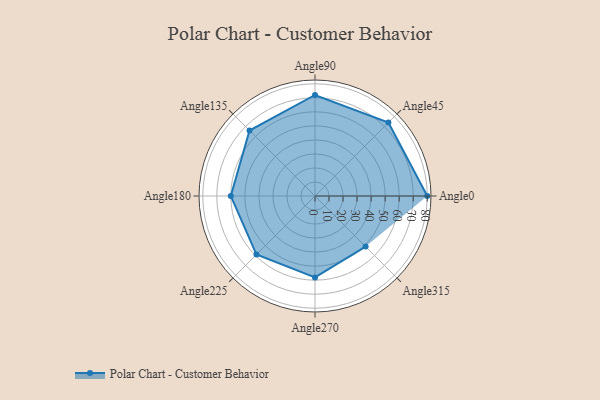
{"axis": {"x": "Angle", "y": "Radius"}, "legend": [""], "data": [{"x": "Angle0", "y": 80.0, "type": ""}, {"x": "Angle45", "y": 74.0, "type": ""}, {"x": "Angle90", "y": 72.0, "type": ""}, {"x": "Angle135", "y": 66.0, "type": ""}, {"x": "Angle180", "y": 60.0, "type": ""}, {"x": "Angle225", "y": 59.0, "type": ""}, {"x": "Angle270", "y": 58.0, "type": ""}, {"x": "Angle315", "y": 51.0, "type": ""}]}